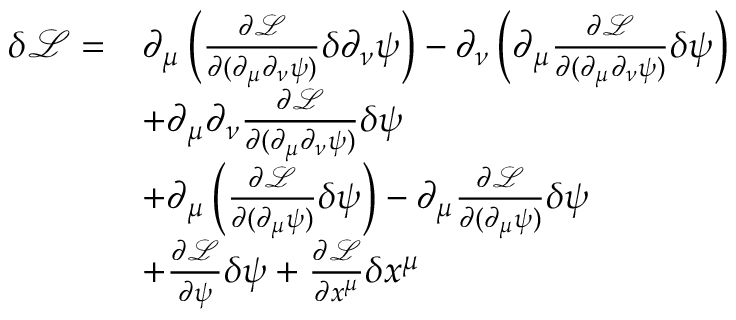
\begin{array} { r l } { \delta \mathcal L = } & { \partial _ { \mu } \left( \frac { \partial \mathcal L } { \partial ( \partial _ { \mu } \partial _ { \nu } \psi ) } \delta \partial _ { \nu } \psi \right) - \partial _ { \nu } \left( \partial _ { \mu } \frac { \partial \mathcal L } { \partial ( \partial _ { \mu } \partial _ { \nu } \psi ) } \delta \psi \right) } \\ & { + \partial _ { \mu } \partial _ { \nu } \frac { \partial \mathcal L } { \partial ( \partial _ { \mu } \partial _ { \nu } \psi ) } \delta \psi } \\ & { + \partial _ { \mu } \left( \frac { \partial \mathcal { L } } { \partial ( \partial _ { \mu } \psi ) } \delta \psi \right) - \partial _ { \mu } \frac { \partial \mathcal { L } } { \partial ( \partial _ { \mu } \psi ) } \delta \psi } \\ & { + \frac { \partial \mathcal L } { \partial \psi } \delta \psi + \frac { \partial \mathcal L } { \partial x ^ { \mu } } \delta x ^ { \mu } } \end{array}